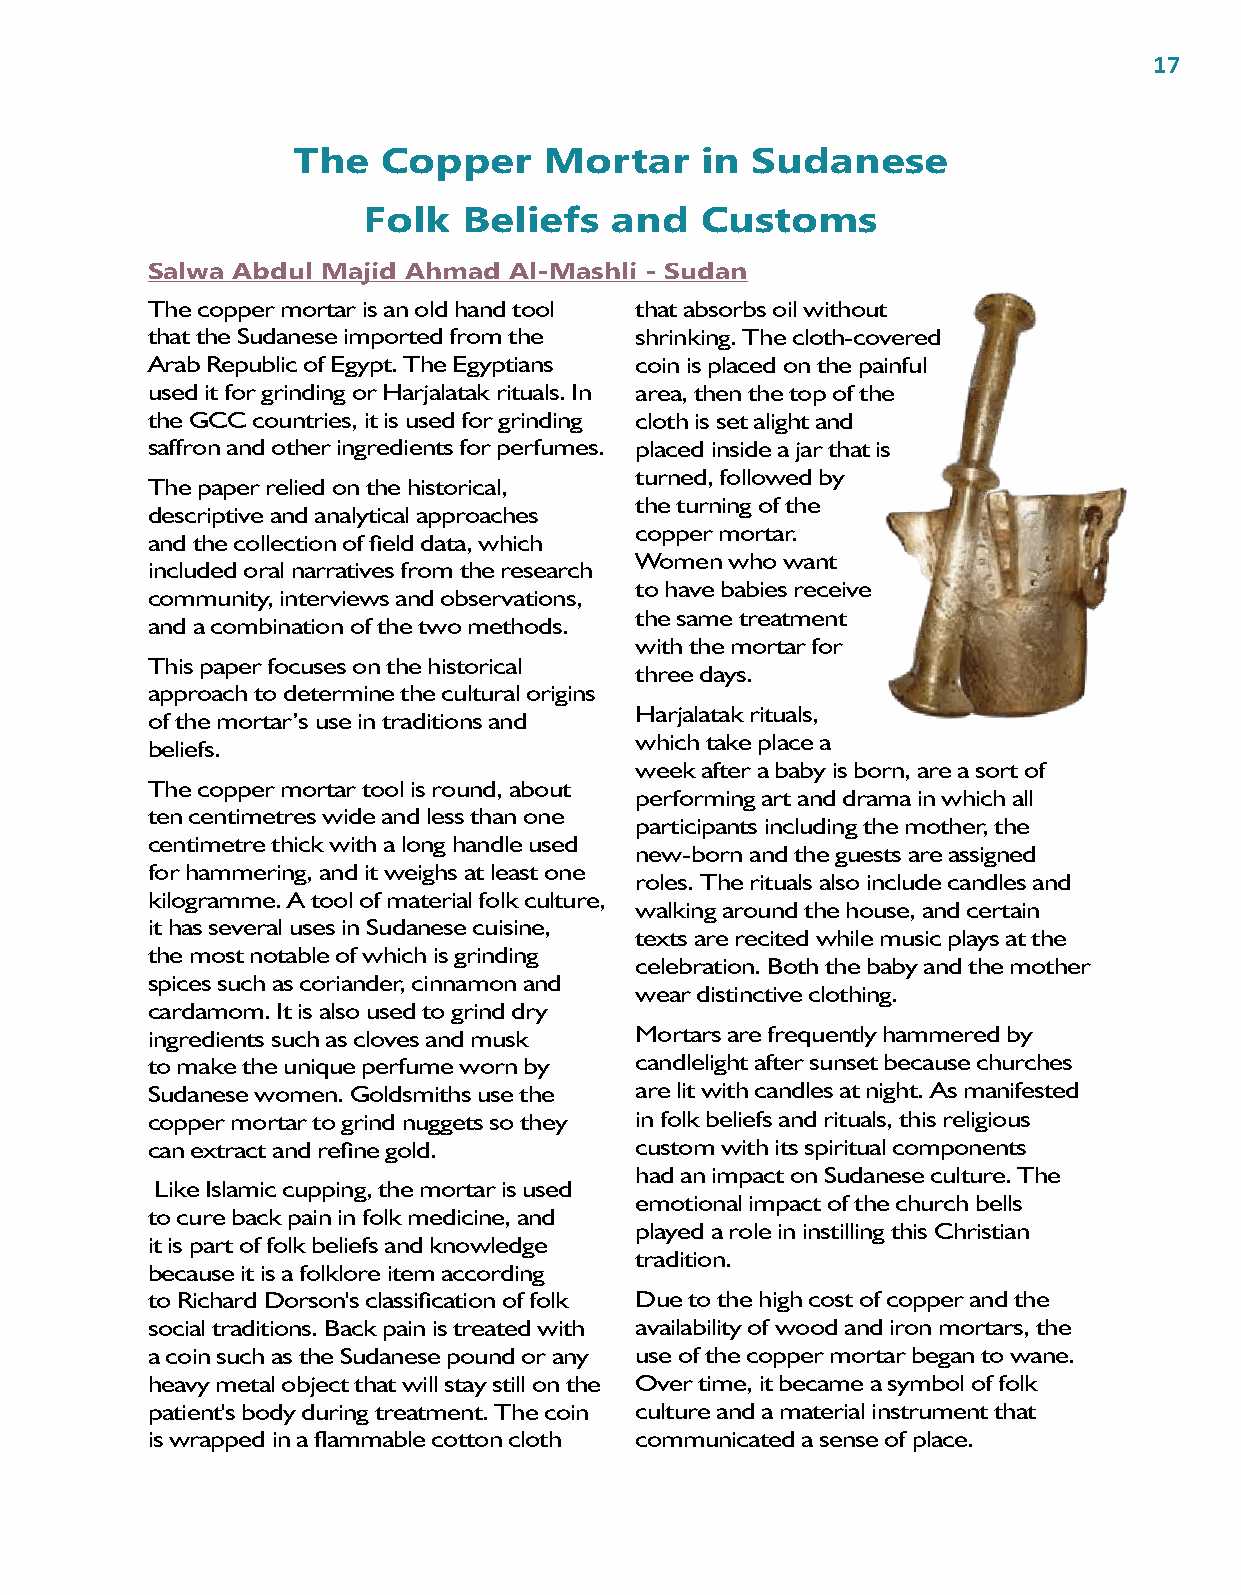
17
 The   Copper     Mortar    in  Sudanese
 Folk   Beliefs  and   Customs
 Salwa Abdul Majid Ahmad Al-Mashli - Sudan
 The copper mortar is an old hand tool that absorbs oil without
 that the Sudanese imported from the shrinking. The cloth-covered
 Arab Republic of Egypt. The Egyptians coin is placed on the painful
 used it for grinding or Harjalatak rituals. In area, then the top of the
 the GCC countries, it is used for grinding cloth is set alight and
 saffron and other ingredients for perfumes. placed inside a jar that is
 turned, followed by
 The paper relied on the historical,
 the turning of the
 descriptive and analytical approaches
 copper mortar.
 and the collection of field data, which
 Women who want
 included oral narratives from the research
 to have babies receive
 community, interviews and observations,
 the same treatment
 and a combination of the two methods.
 with the mortar for
 This paper focuses on the historical
 three days.
 approach to determine the cultural origins
 Harjalatak rituals,
 of the mortar’s use in traditions and
 which take place a
 beliefs.
 week after a baby is born, are a sort of
 The copper mortar tool is round, about
 performing art and drama in which all
 ten centimetres wide and less than one
 participants including the mother, the
 centimetre thick with a long handle used
 new-born and the guests are assigned
 for hammering, and it weighs at least one
 roles. The rituals also include candles and
 kilogramme. A tool of material folk culture,
 walking around the house, and certain
 it has several uses in Sudanese cuisine,
 texts are recited while music plays at the
 the most notable of which is grinding
 celebration. Both the baby and the mother
 spices such as coriander, cinnamon and
 wear distinctive clothing.
 cardamom. It is also used to grind dry
 ingredients such as cloves and musk Mortars are frequently hammered by
 to make the unique perfume worn by candlelight after sunset because churches
 Sudanese women. Goldsmiths use the are lit with candles at night. As manifested
 copper mortar to grind nuggets so they in folk beliefs and rituals, this religious
 can extract and refine gold.    custom with its spiritual components
 had an impact on Sudanese culture. The
 Like Islamic cupping, the mortar is used
 emotional impact of the church bells
 to cure back pain in folk medicine, and
 played a role in instilling this Christian
 it is part of folk beliefs and knowledge
 tradition.
 because it is a folklore item according
 to Richard Dorson's classification of folk Due to the high cost of copper and the
 social traditions. Back pain is treated with availability of wood and iron mortars, the
 a coin such as the Sudanese pound or any use of the copper mortar began to wane.
 heavy metal object that will stay still on the Over time, it became a symbol of folk
 patient's body during treatment. The coin culture and a material instrument that
 is wrapped in a flammable cotton cloth communicated a sense of place.